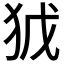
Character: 𭸀